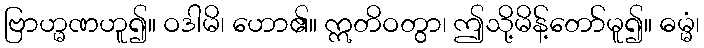
ဗြာဟ္မဏဟူ၍။ ဝဒါမိ၊ ဟော၏။ ဣတိဝတွာ၊ ဤသို့မိန့်တော်မူ၍။ ဓမ္မံ၊